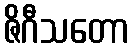
ဇိဂီသတော